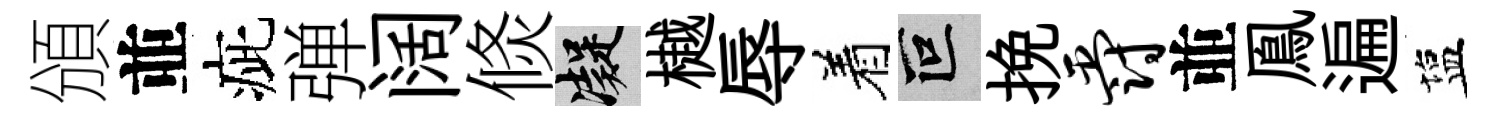
頒並疵弹阔倐凝樾辱着叵挽爵並鳯遍塩